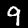
Digit: 9